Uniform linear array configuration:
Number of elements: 64
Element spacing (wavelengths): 1
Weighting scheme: exponential
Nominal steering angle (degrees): -30
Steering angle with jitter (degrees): -30.757
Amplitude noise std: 0.05
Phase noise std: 0.05

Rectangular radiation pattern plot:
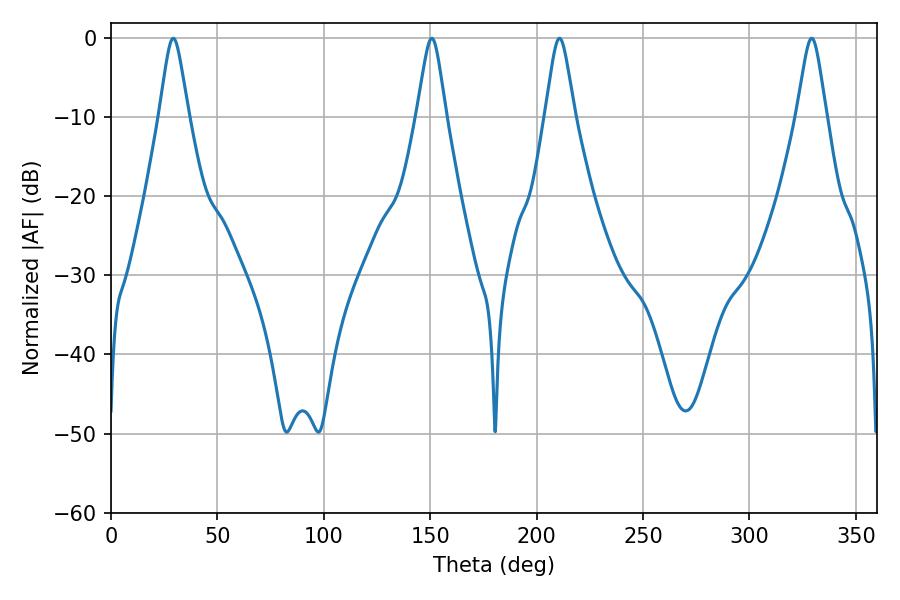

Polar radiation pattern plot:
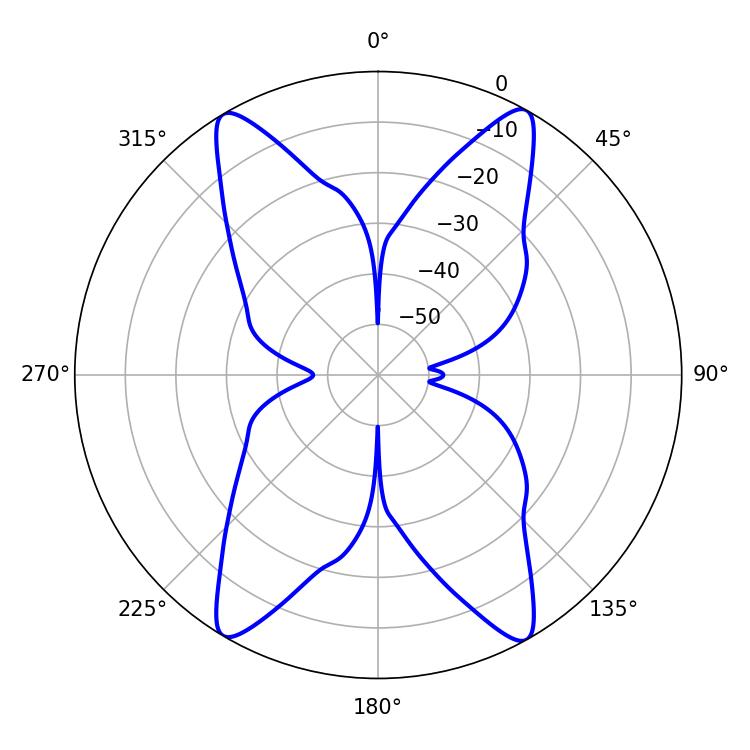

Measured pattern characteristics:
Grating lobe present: TRUE
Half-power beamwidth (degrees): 6.48
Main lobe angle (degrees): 210.78